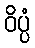
ဝိပ္ပံ